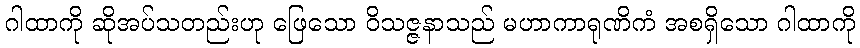
ဂါထာကို ဆိုအပ်သတည်းဟု ဖြေသော ဝိသဇ္ဇနာသည် မဟာကာရုဏိကံ အစရှိသော ဂါထာကို